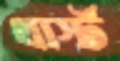
থার্স্ট